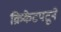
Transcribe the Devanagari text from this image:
क्रिकेटपटूने